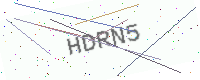
Text: HDRN5